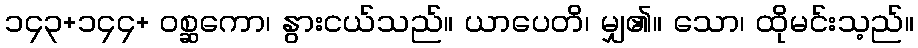
၁၄၃+၁၄၄+ ဝစ္ဆကော၊ နွားငယ်သည်။ ယာပေတိ၊ မျှ၏။ သော၊ ထိုမင်းသ့ည်။